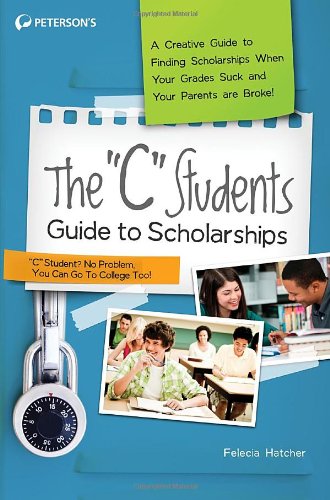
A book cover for The "C" Students Guide to Scholarships: A Creative Guide to Finding Scholarships When Your Grades Suck and Your Parents are Broke!; Peterson's; Education & Teaching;